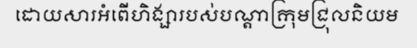
ដោយសារអំពើហិង្សារបស់បណ្តាក្រុមជ្រុលនិយម